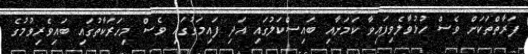
ފަރާތްތަކަށް ވެސް ހުޅުވާލެވިފައިވާ ކަމަށާއި ބައިސްކަލުގައި އަދި ފައިމަގުގައި ވެސް މިހަރަކާތުގައި ބައިވެރިވުމުގެ